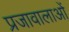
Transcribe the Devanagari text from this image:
प्रजावालाओं